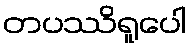
တပဿိရူပေါ